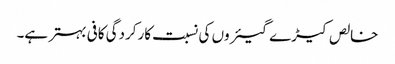
خالص کیڑے گیئروں کی نسبت کارکردگی کافی بہتر ہے۔